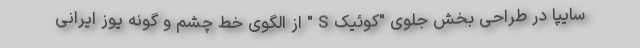
سایپا در طراحی بخش جلوی "کوئیک S " از الگوی خط چشم و گونه یوز ایرانی